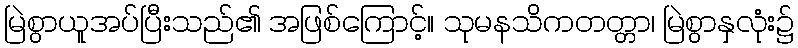
မြဲစွာယူအပ်ပြီးသည်၏ အဖြစ်ကြောင့်။ သုမနသိကတတ္တာ၊ မြဲစွာနှလုံး၌